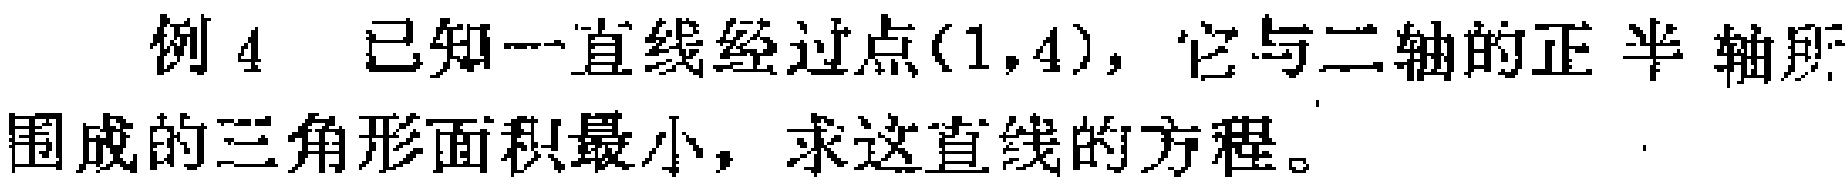
例4 已知一直线经过点$(1,4)$，它与二轴的正半轴所围成的三角形面积最小，求这直线的方程。